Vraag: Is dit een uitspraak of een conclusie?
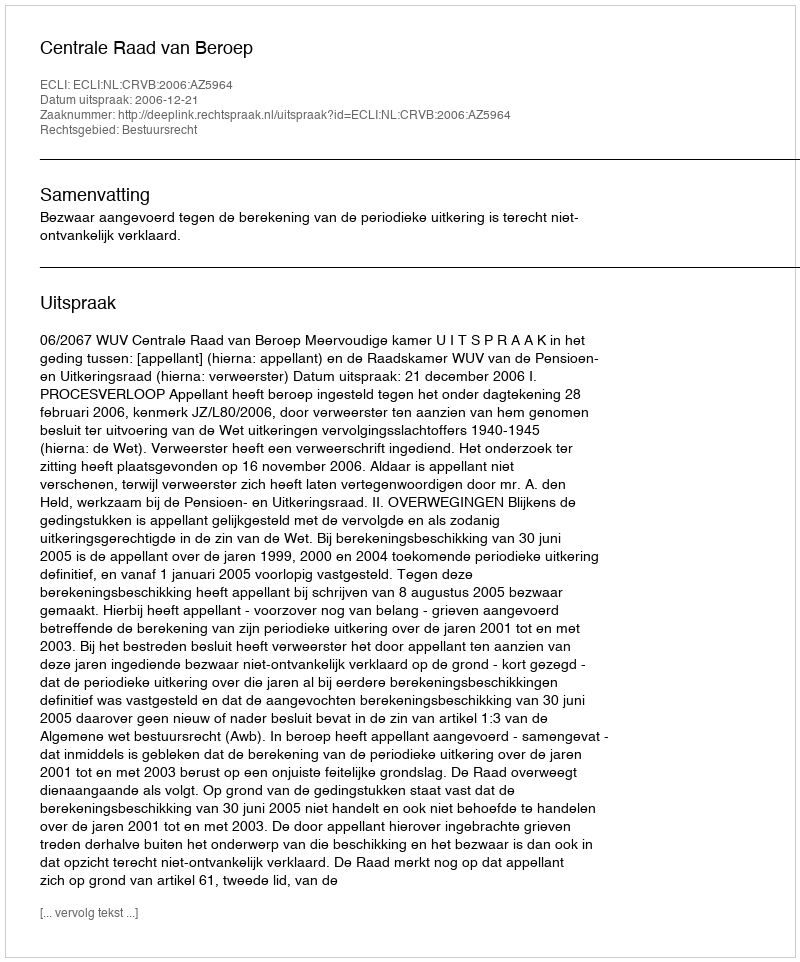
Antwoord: Uitspraak